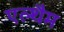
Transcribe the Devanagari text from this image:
एल्थैम